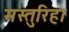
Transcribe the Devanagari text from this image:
मस्तुरिहा